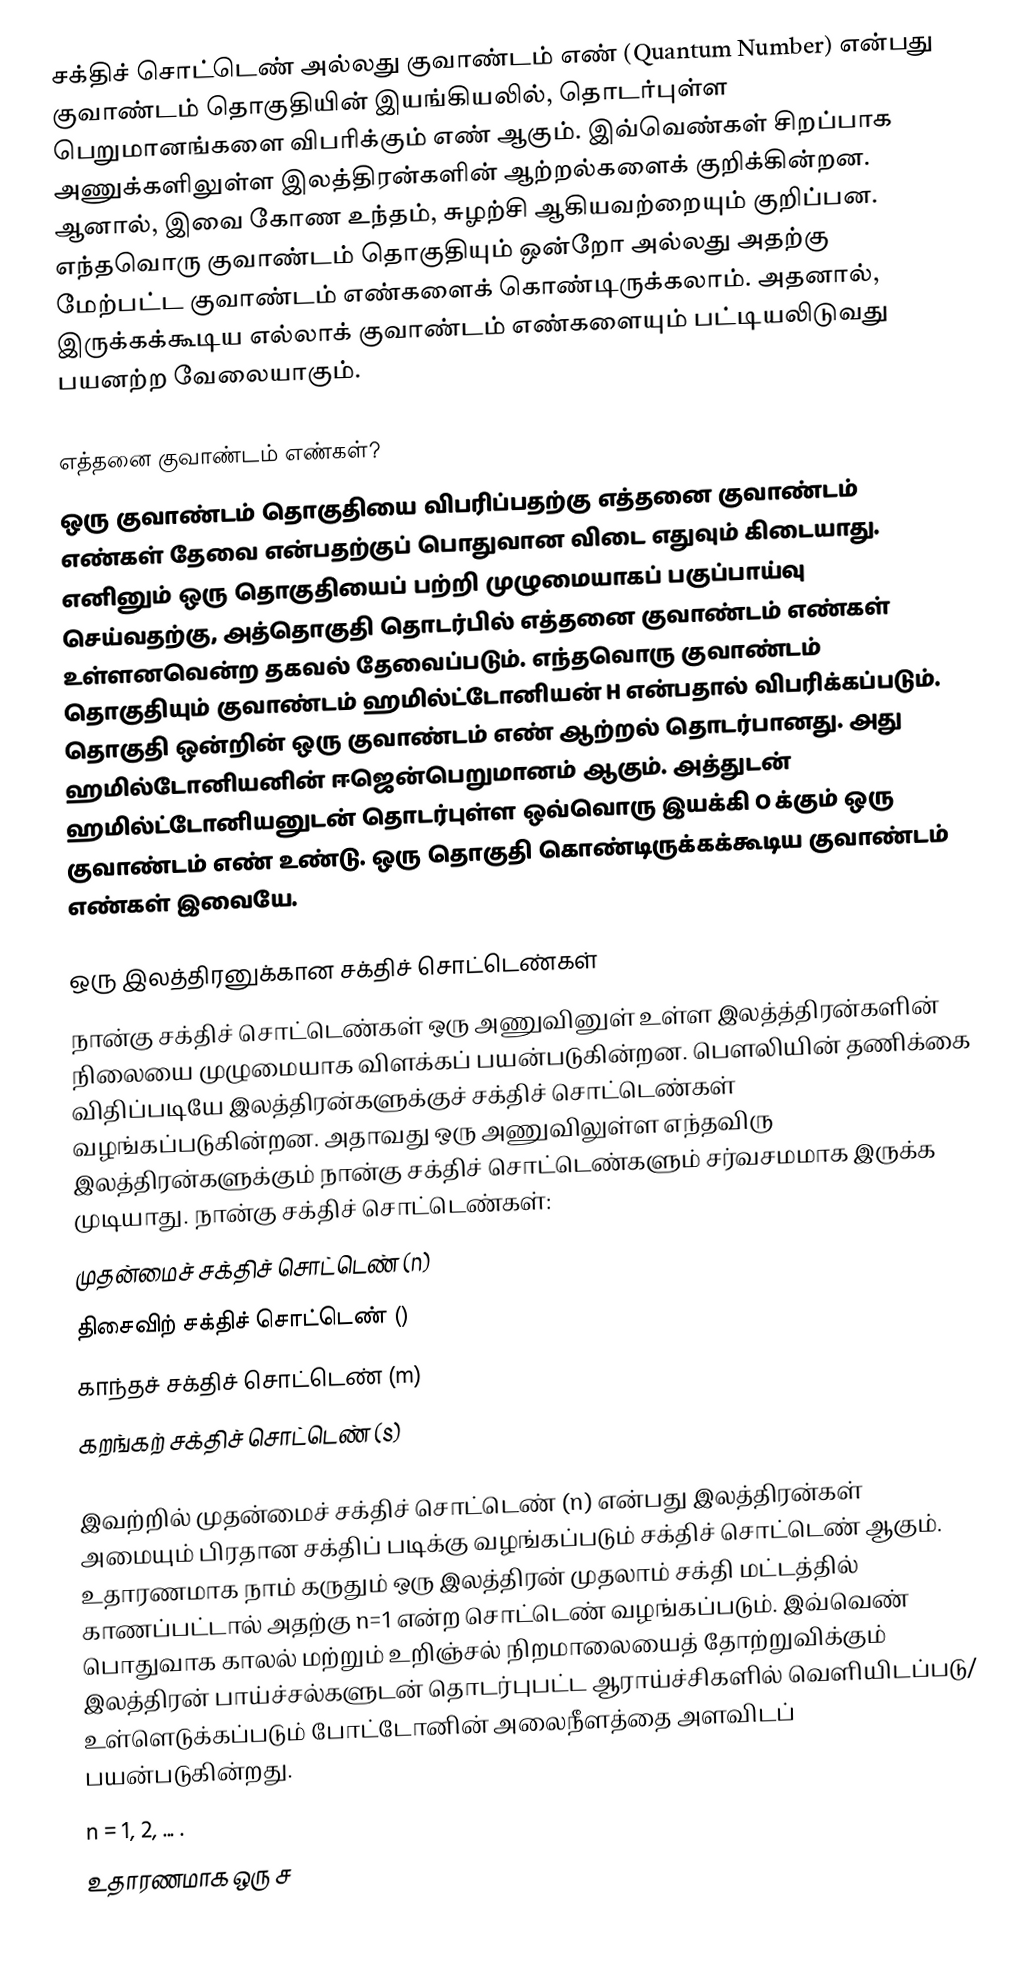
சக்திச் சொட்டெண் அல்லது குவாண்டம் எண் (Quantum Number) என்பது குவாண்டம் தொகுதியின் இயங்கியலில், தொடர்புள்ள பெறுமானங்களை விபரிக்கும் எண் ஆகும். இவ்வெண்கள் சிறப்பாக அணுக்களிலுள்ள இலத்திரன்களின் ஆற்றல்களைக் குறிக்கின்றன. ஆனால், இவை கோண உந்தம், சுழற்சி ஆகியவற்றையும் குறிப்பன. எந்தவொரு குவாண்டம் தொகுதியும் ஒன்றோ அல்லது அதற்கு மேற்பட்ட குவாண்டம் எண்களைக் கொண்டிருக்கலாம். அதனால், இருக்கக்கூடிய எல்லாக் குவாண்டம் எண்களையும் பட்டியலிடுவது பயனற்ற வேலையாகும்.

எத்தனை குவாண்டம் எண்கள்?
ஒரு குவாண்டம் தொகுதியை விபரிப்பதற்கு எத்தனை குவாண்டம் எண்கள் தேவை என்பதற்குப் பொதுவான விடை எதுவும் கிடையாது. எனினும் ஒரு தொகுதியைப் பற்றி முழுமையாகப் பகுப்பாய்வு செய்வதற்கு, அத்தொகுதி தொடர்பில் எத்தனை குவாண்டம் எண்கள் உள்ளனவென்ற தகவல் தேவைப்படும். எந்தவொரு குவாண்டம் தொகுதியும் குவாண்டம் ஹமில்ட்டோனியன் H என்பதால் விபரிக்கப்படும். தொகுதி ஒன்றின் ஒரு குவாண்டம் எண் ஆற்றல் தொடர்பானது. அது ஹமில்டோனியனின் ஈஜென்பெறுமானம் ஆகும். அத்துடன் ஹமில்ட்டோனியனுடன் தொடர்புள்ள ஒவ்வொரு இயக்கி O க்கும் ஒரு குவாண்டம் எண் உண்டு. ஒரு தொகுதி கொண்டிருக்கக்கூடிய குவாண்டம் எண்கள் இவையே.

ஒரு இலத்திரனுக்கான சக்திச் சொட்டெண்கள்
நான்கு சக்திச் சொட்டெண்கள் ஒரு அணுவினுள் உள்ள இலத்த்திரன்களின் நிலையை முழுமையாக விளக்கப் பயன்படுகின்றன. பௌலியின் தணிக்கை விதிப்படியே இலத்திரன்களுக்குச் சக்திச் சொட்டெண்கள் வழங்கப்படுகின்றன. அதாவது ஒரு அணுவிலுள்ள எந்தவிரு இலத்திரன்களுக்கும் நான்கு சக்திச் சொட்டெண்களும் சர்வசமமாக இருக்க முடியாது. நான்கு சக்திச் சொட்டெண்கள்:
 முதன்மைச் சக்திச் சொட்டெண் (n)
 திசைவிற் சக்திச் சொட்டெண் ()
 காந்தச் சக்திச் சொட்டெண் (m)
 கறங்கற் சக்திச் சொட்டெண் (s)

இவற்றில் முதன்மைச் சக்திச் சொட்டெண் (n) என்பது இலத்திரன்கள் அமையும் பிரதான சக்திப் படிக்கு வழங்கப்படும் சக்திச் சொட்டெண் ஆகும். உதாரணமாக நாம் கருதும் ஒரு இலத்திரன் முதலாம் சக்தி மட்டத்தில் காணப்பட்டால் அதற்கு n=1 என்ற சொட்டெண் வழங்கப்படும். இவ்வெண் பொதுவாக காலல் மற்றும் உறிஞ்சல் நிறமாலையைத் தோற்றுவிக்கும் இலத்திரன் பாய்ச்சல்களுடன் தொடர்புபட்ட ஆராய்ச்சிகளில் வெளியிடப்படு/ உள்ளெடுக்கப்படும் போட்டோனின் அலைநீளத்தை அளவிடப் பயன்படுகின்றது.
n = 1, 2, ... .
உதாரணமாக ஒரு ச